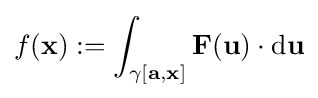
f(\mathbf {x} ):=\int _{\gamma [\mathbf {a} ,\mathbf {x} ]}\mathbf {F} (\mathbf {u} )\cdot \mathrm {d} \mathbf {u}